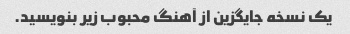
یک نسخه جایگزین از آهنگ محبوب زیر بنویسید.